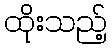
ထိုးသည့်